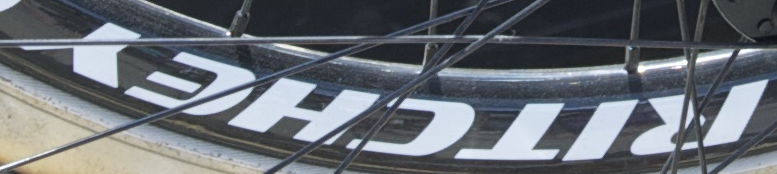
RITCHEY